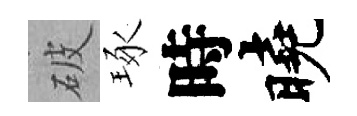
破琢時曉